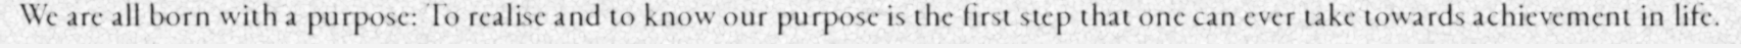
We are all born with a purpose: To realise and to know our purpose is the first step that one can ever take towards achievement in life.